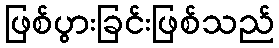
ဖြစ်ပွားခြင်းဖြစ်သည်